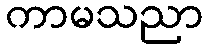
ကာမသညာ